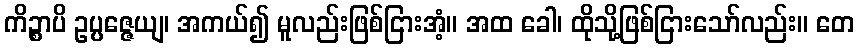
ကိဉ္စာပိ ဥပ္ပဇ္ဇေယျ၊ အကယ်၍ မူလည်းဖြစ်ငြားအံ့။ အထ ခေါ၊ ထိုသို့ဖြစ်ငြားသော်လည်း။ တေ